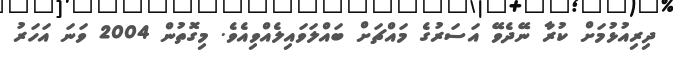
ދިރިއުޅުމަށް ކުރާ ނޭދެވޭ އަސަރުގެ މައްޗަށް ބައްލަވައިލެއްވިއެވެ. މިގޮތުން 2004 ވަނަ އަހަރު